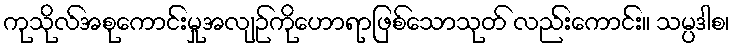
ကုသိုလ်အစုကောင်းမှုအလျဉ်ကိုဟောရာဖြစ်သောသုတ် လည်းကောင်း။ သမ္ပဒါစ၊